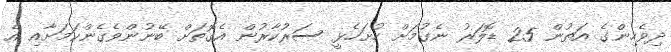
ދިވެހިންގެ އަތުން 25 ޑޮލަރު ނެގުމަށް ހުށަހެޅީ ސަރުކާރުން އެގޮތަށް ބޭނުންވެގެންކަމަށާއި އެ